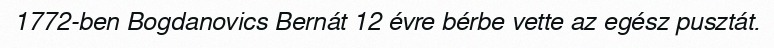
1772-ben Bogdanovics Bernát 12 évre bérbe vette az egész pusztát.